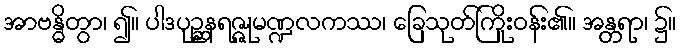
အာဗန္ဓိတွာ၊ ၍။ ပါဒပုဉ္ဆနရဇ္ဇုမဏ္ဍလကဿ၊ ခြေသုတ်ကြိုးဝန်း၏။ အန္တရာ၊ ၌။